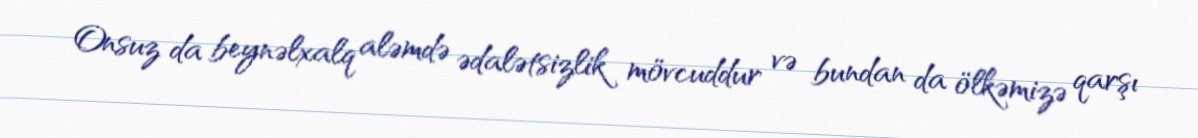
Onsuz da beynəlxalq aləmdə ədalətsizlik mövcuddur və bundan da ölkəmizə qarşı